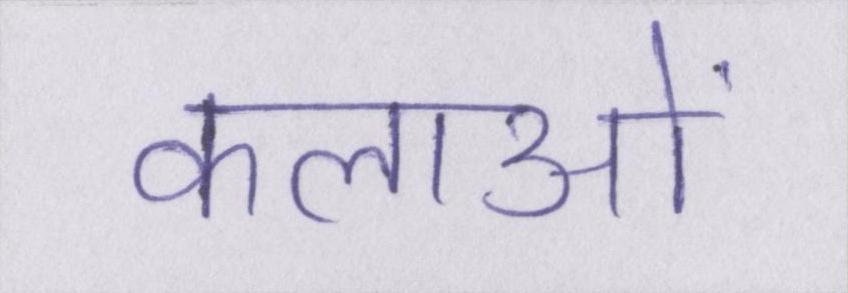
कलाओं